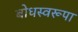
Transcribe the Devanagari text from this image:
बोधस्वरूपा